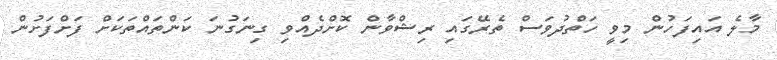
މާލެ އައިފަހުން މިވީ ހަތްދުވަސް ތެރޭގައި ރިޝްވާން ކޮށްދެއްވި ގިނަގުނަ ކަންތައްތަކަށް ފަށްފަށުން